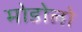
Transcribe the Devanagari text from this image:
मोडोलो